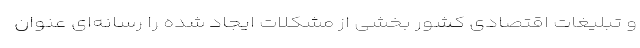
و تبلیغات اقتصادی کشور بخشی از مشکلات ایجاد شده را رسانه‌ای عنوان